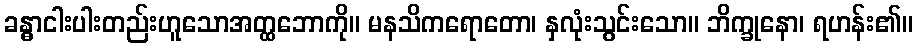
ခန္ဓာငါးပါးတည်းဟူသောအတ္ထဘောကို။ မနသိကရောတော၊ နှလုံးသွင်းသော။ ဘိက္ခုနော၊ ရဟန်း၏။